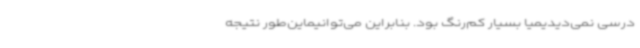
درسی نمی‌دیدیمیا بسیار کم‌رنگ بود. بنابراین می‌توانیماین‌طور نتیجه